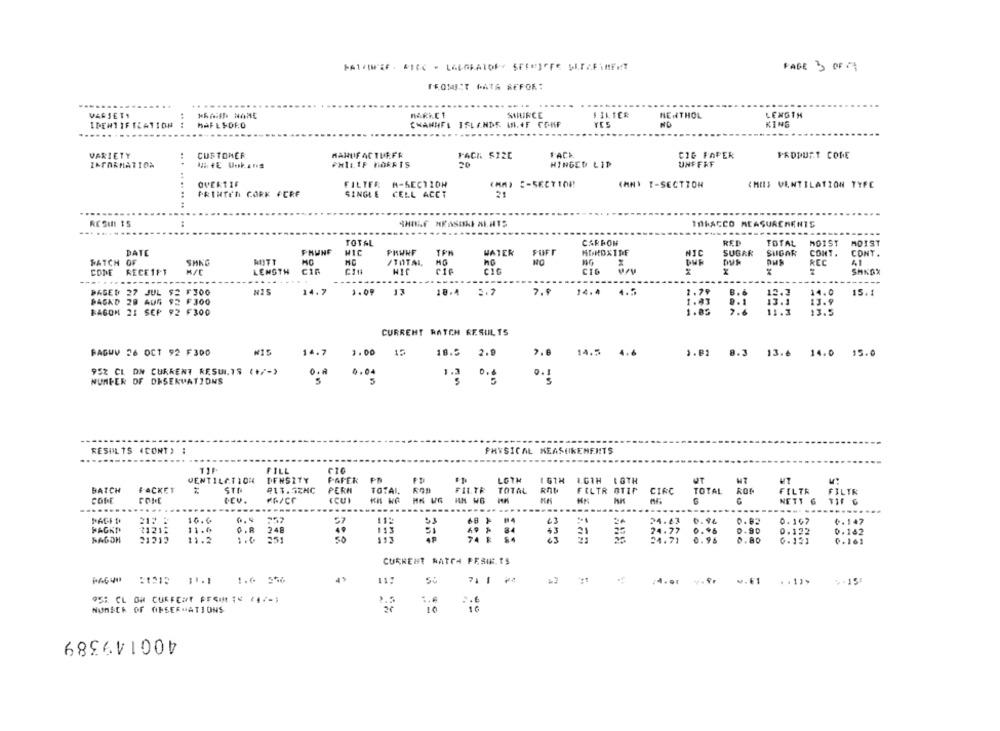
PAGE 3 OF17
FROMICT PATA REFOR:
.........
......
VARJETA
SOURCE
MENTHOL
LENGTH
IDENTIF TEATION
CHANNEL ISLANDS ML.45 CONF
NO
KINE
.....
VARIETY
CUSTOMER
MANUFACTUEFR
FACE
FACH $12E
CIG FAPER
PRODUCT CODE
INFORMATION
.. .
PHILIP MORRIS
HINGED LID
UNFFAF
FILTER M-SECTION
(MM) :- SECT10 !!
(MN) T-SECTION
CHIIS VENTILATION TYFE
PRINTEN CORK FCRF
SINGLE CELL ACCT
21
.. .. ..
....
RESINI 15
IIbACCO MEASUREMENTS
.. ....
TOTAL
CARBON
RED
TOTAL
MOIST
MOIST
DATE
MIC
PHWNF
TPM
WATER
FUFI
SUGAR
SUGAR
CONT.
CONT .
WATCH OF
SHKG
RITT
/TOTAL
DWF
RCC
41
CODE
RECEIPT
LENGTH
CIR
CIF
SHKGX
...
-----
------
----
----
---
DAGEN 27 JUL $2 F300
14.7
3.09
18.4
14.4
4.2
1.79
14.0
15.1
PACKD 28 AUG 92 F300
1.83
0 .1
13 .9
BAGON 21 SEP 92 F300
1.85
13.5
CURRENT RATCH RESULTS
14.7
3. 00
14.5
PAGWV 26 OCT 92 F300
15
18.5 2.9
).B1 8.3 13.6 14.0 15.0
95% CL DN CURRENT RESULTS (+/-)
O.A
0.04
0.1
NUMBER OF DESERVATIONS
5
1.2 0.
RESULTS (CONT) :
PHYSICAL MEASUREMENTS
FILL
VENTILATION
DENSITY
PAPER
LOTH
16TH
L.G1H 1 GTH
UT
W7
UT
BATCH
FACKET
STR
#17.5ZNC
PERA
TOTAI,
FILTR
TOTAL
FILTR OTIP
CIRC
TOTAL
FILTR
ICUI
FILTR
CODE
COME
DEV.
G
NETT 6
...
....
----
10.0
68 F
24
24.43
0. 94
0.82
0. 197
0.147
HAGKT
21215
11.0
O.R
248
84
43
21
24.77
0.96
0.122
0.162
21212
11.2
1.6
251
24.71
0.96
0.80
0.161
CURRENT RATCH PESAS.ES
(640 :21: 11.1
1.6 556
11:
711 ₩4
4.9. v.€1 . . 1)>
-
2.5
16
NUMSCK OF OBSERVATIONS
400149389